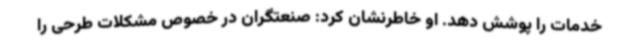
خدمات را پوشش دهد. او خاطرنشان کرد: صنعتگران در خصوص مشکلات طرحی را